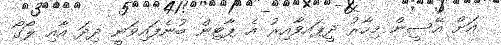
އަށް އޭސީން މިހާރު ދީޕައވާއިރު އެ ޕާޓިން ބުނެފައިވަނީ ދިދަ އާއި ލޯގޯ